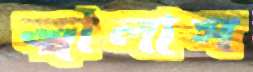
জ্বালাস